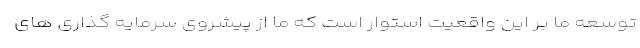
توسعه ما بر این واقعیت استوار است که ما از پیشروی سرمایه گذاری های